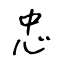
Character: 忠